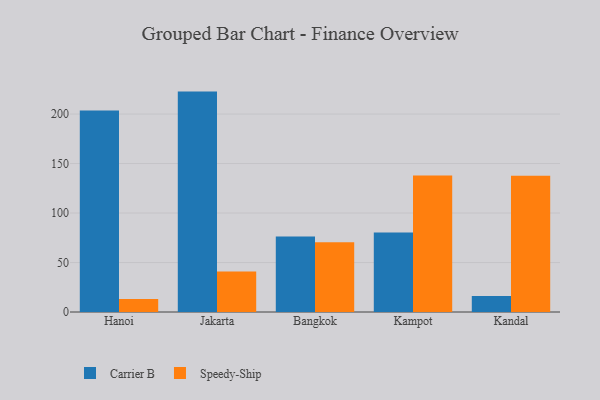
{"axis": {"x": "City", "y": "Conversion Rate (%)"}, "legend": ["Carrier B", "Speedy-Ship"], "data": [{"x": "Hanoi", "y": 203.6, "type": "Carrier B"}, {"x": "Hanoi", "y": 13.1, "type": "Speedy-Ship"}, {"x": "Jakarta", "y": 222.7, "type": "Carrier B"}, {"x": "Jakarta", "y": 40.9, "type": "Speedy-Ship"}, {"x": "Bangkok", "y": 76.3, "type": "Carrier B"}, {"x": "Bangkok", "y": 70.5, "type": "Speedy-Ship"}, {"x": "Kampot", "y": 80.4, "type": "Carrier B"}, {"x": "Kampot", "y": 137.8, "type": "Speedy-Ship"}, {"x": "Kandal", "y": 16.1, "type": "Carrier B"}, {"x": "Kandal", "y": 137.6, "type": "Speedy-Ship"}]}